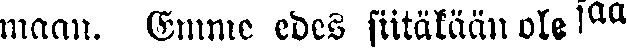
maan. Emme edes siitäkään ole saa